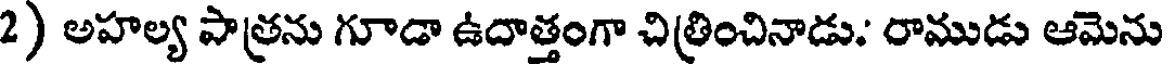
2) అహల్య పాత్రను గూడా ఉదాత్తంగా చిత్రించినాడు. రాముడు ఆమెను